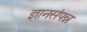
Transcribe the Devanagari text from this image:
ज्ञानसंपन्न